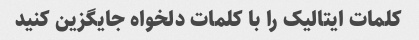
کلمات ایتالیک را با کلمات دلخواه جایگزین کنید